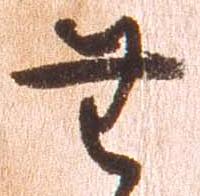
無